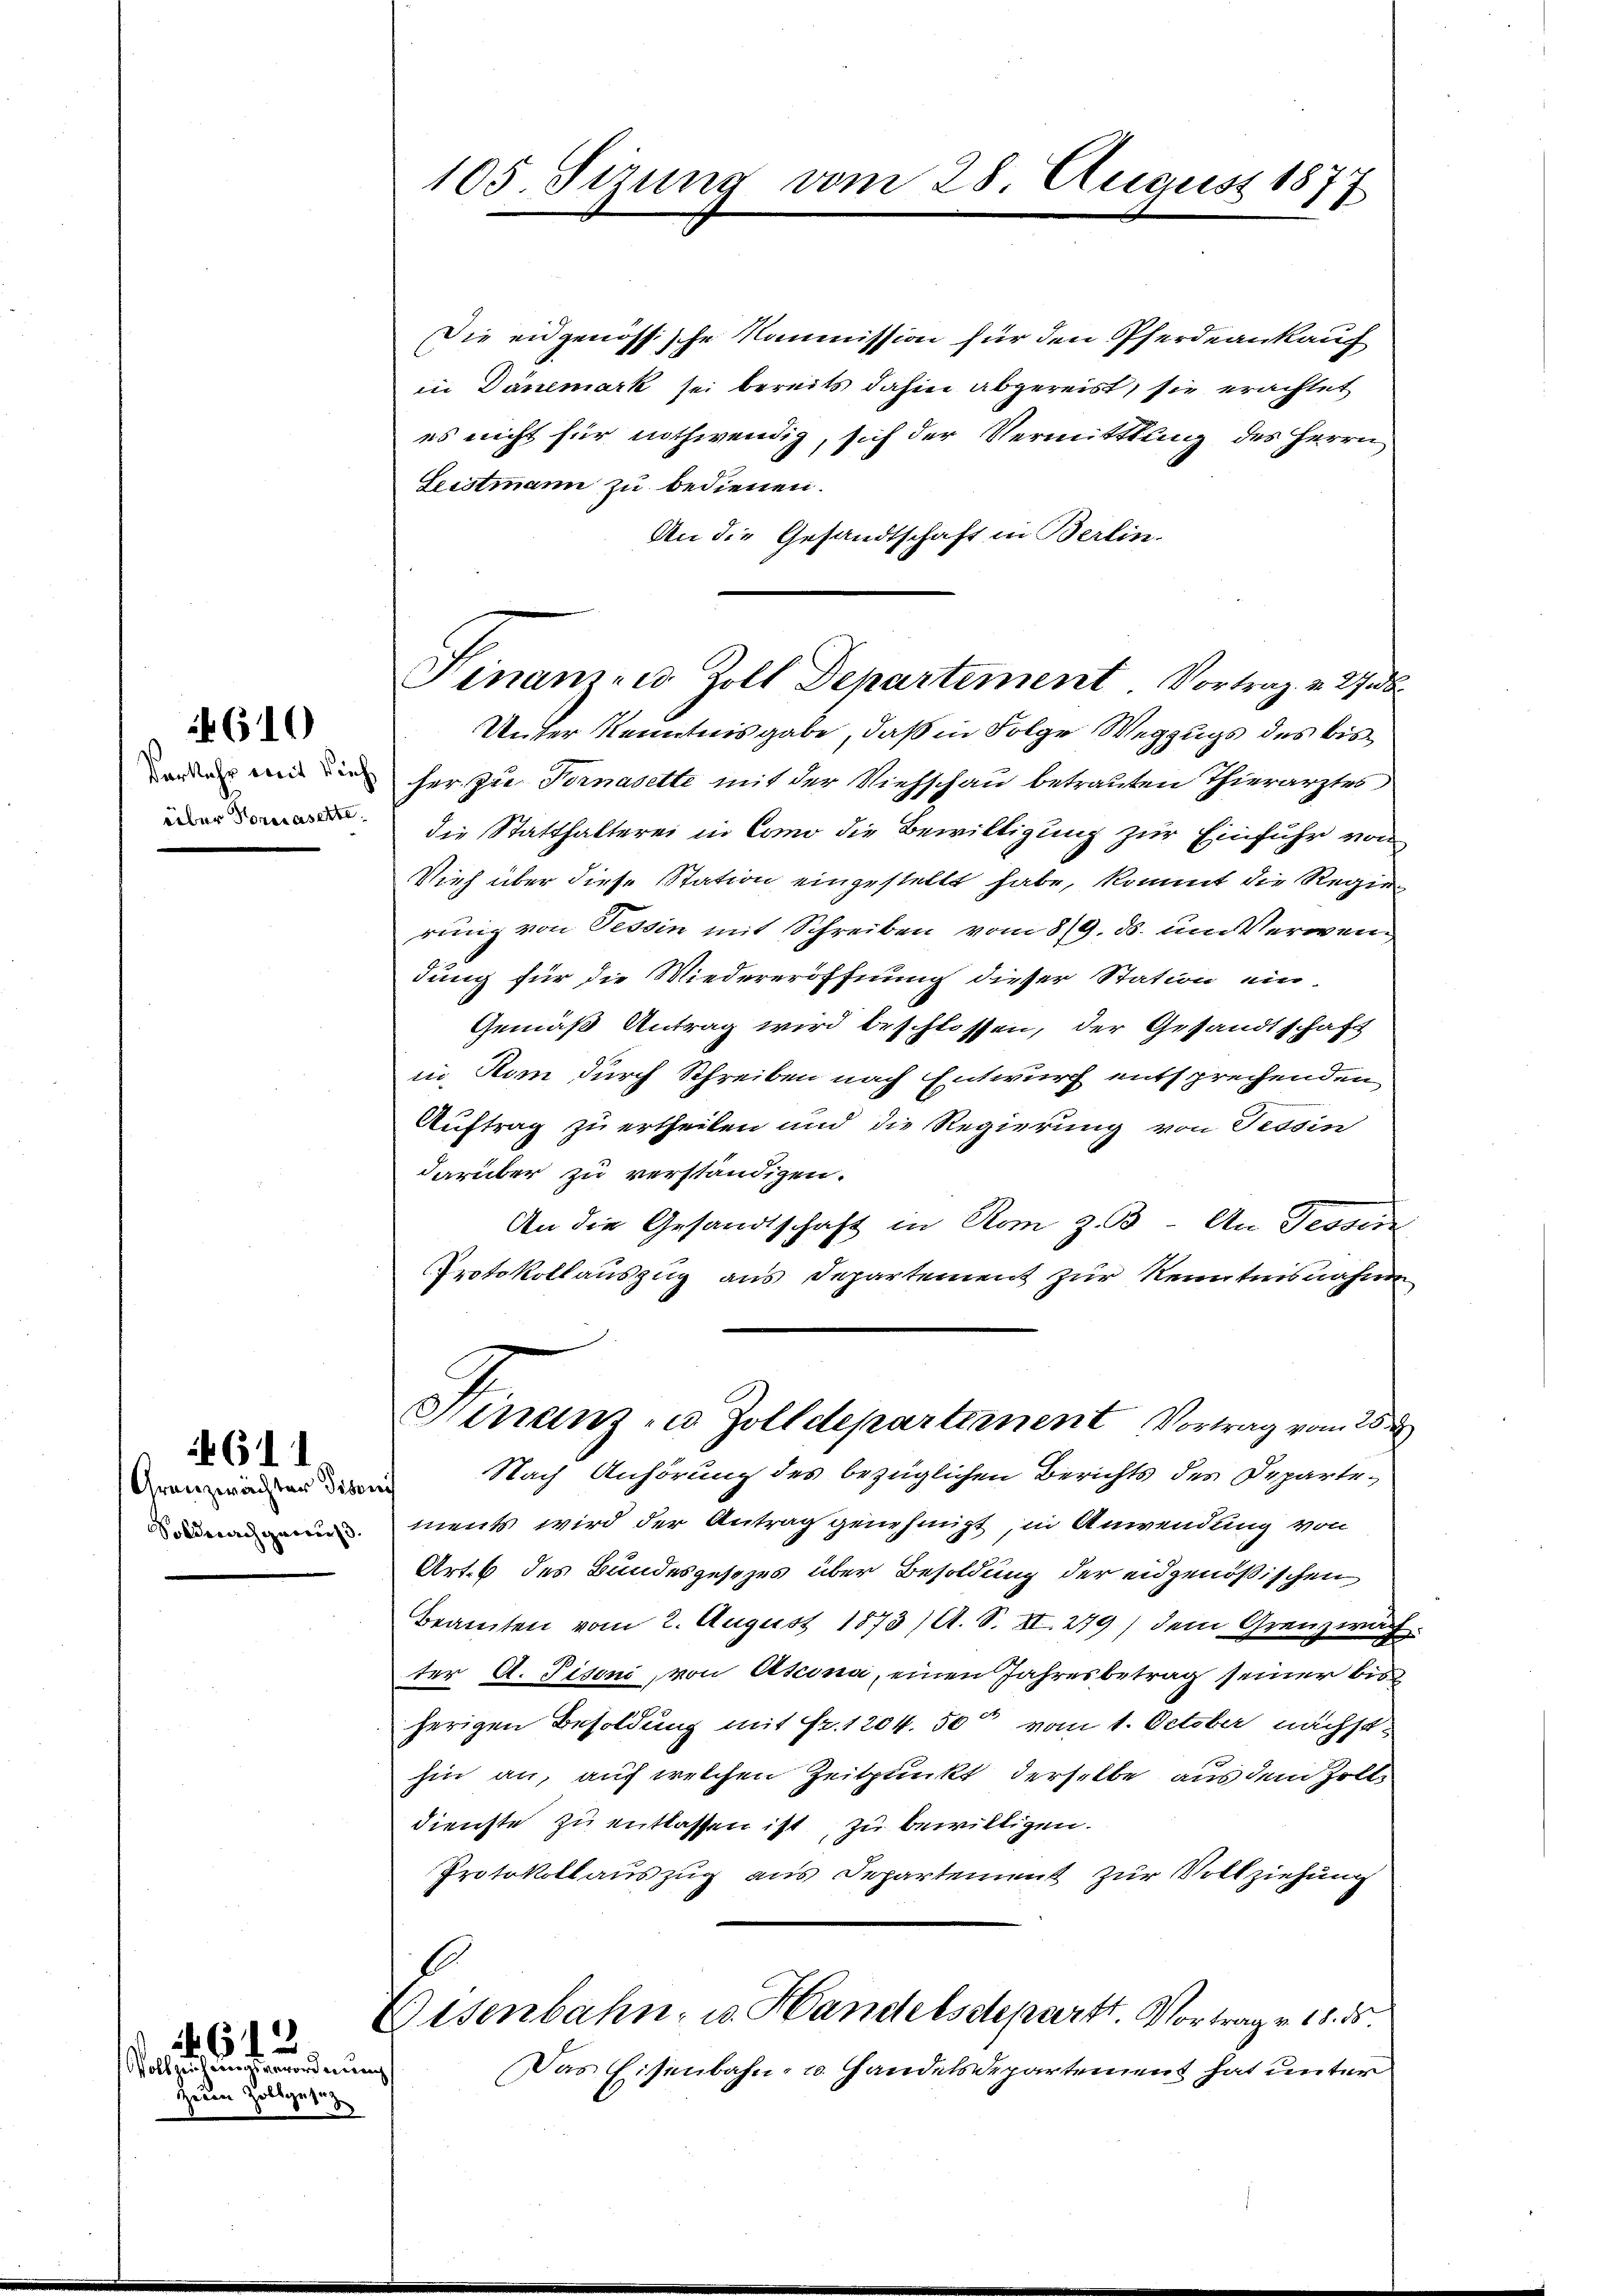
Granzwächter Pisani
Soldnach gewies.

über Noricasette.

Zum

610

61. 1

64
Vollzuchtungsverordnung

Zollgesez

105. Sizung vom 28. August 1877

Finanz- u. Zoll Departement. Vortrag v. 27. 36
Unter Kenntnisgabe, daß in Folge Wegzugs des bis¬

Die eidgenössische Kommission für den Pferdeankauf
in Dänemark sei bereits dahin abgereist, sie erachtet
es nicht für nothwendig, sich der Vermittlung des Herrn
Leistmann zu bedienen.
An die Gesandtschaft in Berlin-
e m die her zu Fornasette mit der Viehschau betrauten Thierarztes
die Statthalterei in Como die Bewilligung zur Einfuhr von
Vieh über diese Station eingestellt habe, kommt die Regie
rung von Tessin mit Schreiben vom 8/9. ds. um Verwendung für die Wiedereröffnung dieser Station ein-
Gemäß Antrag wird beschlossen, der Gesandtschaft
in Rom durch Schreiben nach Entwurf entsprechenden
Auftrag zu ertheilen und die Regierung von Tessin
darüber zu verständigen.
An die Gesandtschaft in Rom z. B. An Tessin
Protokollauszug aus Departement zur Kenntnisnahme
Finanz- u. Zolldepartennent Vortrag vom 25.
Nach Anhörung des bezüglichen Berichts des Departements wird der Antrag genehmigt, in Anwendung von
Art. 6 des Bundesgesezes über Besoldung der eidgenößischen
Beamten vom 2. August 1873/ A. S. XI. 279) dem Grenzwach
ter A. Pisoni, von Atcona, einen Jahresbetrag seiner bis
herigen Besoldung mit Fr. 1204. 50 vom 1. October nächsthin an, auf welchen Zeitpunkt derselbe aus dem Zolldienste zu entlassen ist, zu bewilligen.
Protokollauszug aus Departement zur Vollziehung
Eisenbahn- u. Handelsdepartt. Vortrag v. 18. ds.
Das Eisenbahn- u. Handelsdepartement hat unter